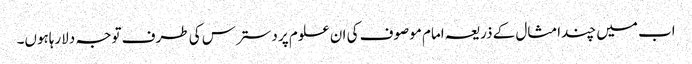
اب میں چندامثال کے ذریعہ امام موصوف کی ان علوم پر دسترس کی طرف توجہ دلارہاہوں۔